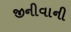
જીનીવાની